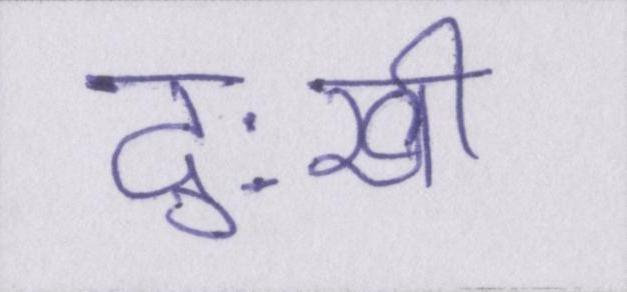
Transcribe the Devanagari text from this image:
दुःखी